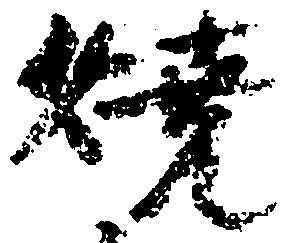
焼